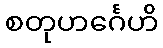
စတုဟင်္ဂေဟိ